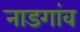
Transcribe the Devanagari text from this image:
नाडगांव